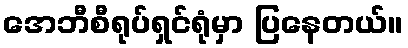
အေဘီစီရုပ်ရှင်ရုံမှာ ပြနေတယ်။